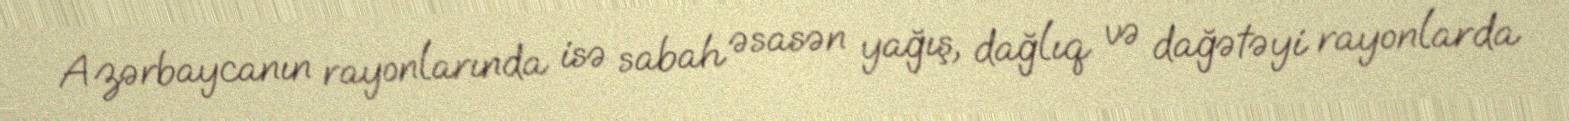
Azərbaycanın rayonlarında isə sabah əsasən yağış, dağlıq və dağətəyi rayonlarda